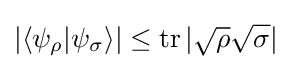
|\langle \psi _{\rho }|\psi _{\sigma }\rangle |\leq \operatorname {tr} |{\sqrt {\rho }}{\sqrt {\sigma }}|